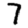
Digit: 7